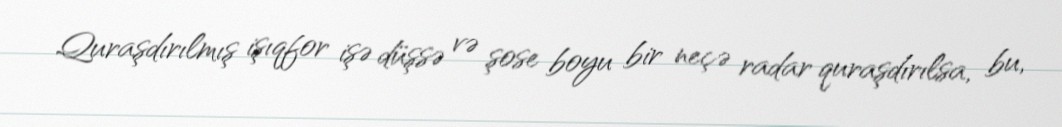
Quraşdırılmış işıqfor işə düşsə və şose boyu bir neçə radar quraşdırılsa, bu,